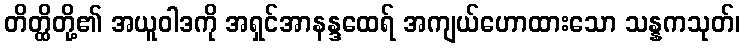
တိတ္ထိတို့၏ အယူဝါဒကို အရှင်အာနန္ဒထေရ် အကျယ်ဟောထားသော သန္နကသုတ်၊